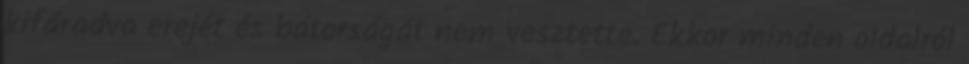
kifáradva erejét és bátorságát nem vesztette. Ekkor minden oldalról